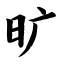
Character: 旷